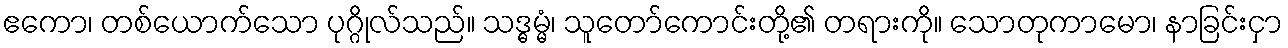
ဧကော၊ တစ်ယောက်သော ပုဂ္ဂိုလ်သည်။ သဒ္ဓမ္မံ၊ သူတော်ကောင်းတို့၏ တရားကို။ သောတုကာမော၊ နာခြင်းငှာ